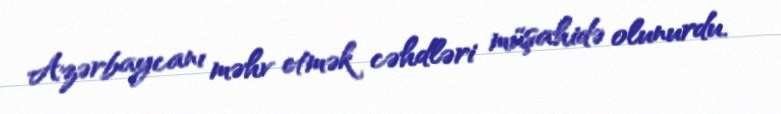
Azərbaycanı məhv etmək cəhdləri müşahidə olunurdu.